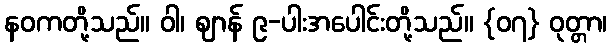
နဝကတို့သည်။ ဝါ၊ ဈာန် ၉-ပါးအပေါင်းတို့သည်။ {၀၇} ဝုတ္တာ၊